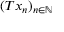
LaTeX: ( T x _ { n } ) _ { n \in \mathbb { N } }